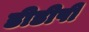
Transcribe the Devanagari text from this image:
डीडीपी